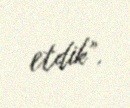
etdik”.